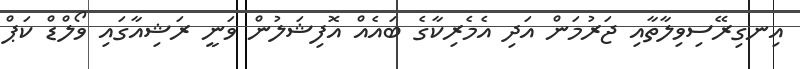
އިނގިރޭސިވިލާތާއި ޖަރުމަން އަދި އެމެރިކާގެ ބައެއް އޮފިޝަލުން ވަނީ ރަޝިއާގައި ވޯލްޑް ކަޕް